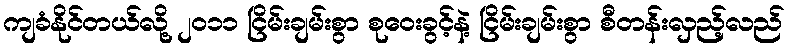
ကျခံနိုင်တယ်လို့ ၂၀၁၁ ငြိမ်းချမ်းစွာ စုဝေးခွင့်နဲ့ ငြိမ်းချမ်းစွာ စီတန်းလှည့်လည်